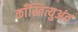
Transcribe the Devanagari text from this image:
काँस्तित्युअंत